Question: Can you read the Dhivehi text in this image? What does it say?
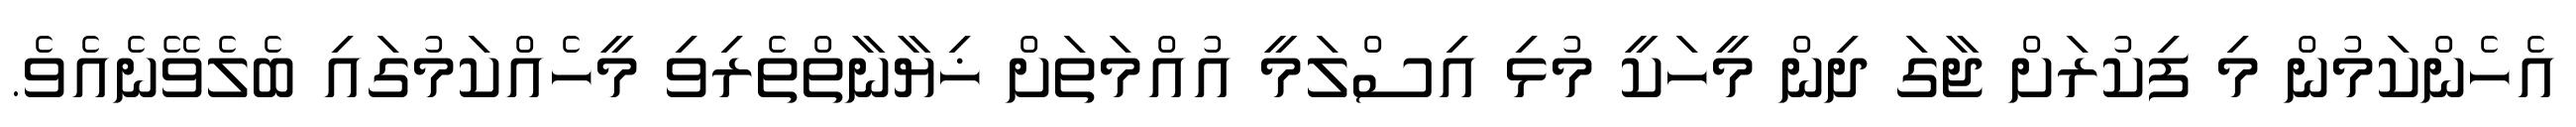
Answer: އެހެންކަމުން މި ފިކުރަށް ޖާގަ ދިން މީހަކީ މުޅި އިސްލަމީ އުއްމަތަށް ޚިޔާނާތްތެރިވި މީހެއްކަމުގައި ބެލެވޭނެއެވެ.